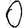
Digit: 0